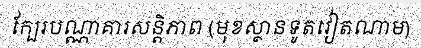
ក្បែរបណ្ណាគារសន្តិភាព (មុខស្ថានទូតវៀតណាម)